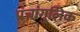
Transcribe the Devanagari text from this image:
पंचांगुलिक